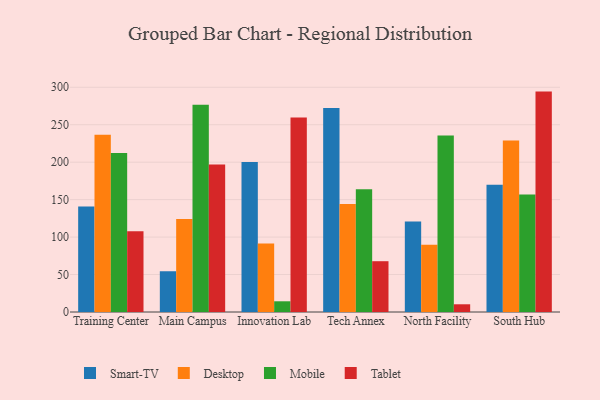
{"axis": {"x": "Campus", "y": "Revenue (USD Million)"}, "legend": ["Desktop", "Mobile", "Smart-TV", "Tablet"], "data": [{"x": "Training Center", "y": 140.9, "type": "Smart-TV"}, {"x": "Training Center", "y": 236.6, "type": "Desktop"}, {"x": "Training Center", "y": 212.4, "type": "Mobile"}, {"x": "Training Center", "y": 107.7, "type": "Tablet"}, {"x": "Main Campus", "y": 54.4, "type": "Smart-TV"}, {"x": "Main Campus", "y": 124.2, "type": "Desktop"}, {"x": "Main Campus", "y": 276.6, "type": "Mobile"}, {"x": "Main Campus", "y": 197.0, "type": "Tablet"}, {"x": "Innovation Lab", "y": 200.2, "type": "Smart-TV"}, {"x": "Innovation Lab", "y": 91.4, "type": "Desktop"}, {"x": "Innovation Lab", "y": 14.3, "type": "Mobile"}, {"x": "Innovation Lab", "y": 259.5, "type": "Tablet"}, {"x": "Tech Annex", "y": 272.3, "type": "Smart-TV"}, {"x": "Tech Annex", "y": 144.3, "type": "Desktop"}, {"x": "Tech Annex", "y": 163.8, "type": "Mobile"}, {"x": "Tech Annex", "y": 67.8, "type": "Tablet"}, {"x": "North Facility", "y": 120.7, "type": "Smart-TV"}, {"x": "North Facility", "y": 89.9, "type": "Desktop"}, {"x": "North Facility", "y": 235.5, "type": "Mobile"}, {"x": "North Facility", "y": 10.3, "type": "Tablet"}, {"x": "South Hub", "y": 169.8, "type": "Smart-TV"}, {"x": "South Hub", "y": 228.9, "type": "Desktop"}, {"x": "South Hub", "y": 156.9, "type": "Mobile"}, {"x": "South Hub", "y": 294.2, "type": "Tablet"}]}